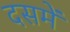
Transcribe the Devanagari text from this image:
दसमें